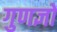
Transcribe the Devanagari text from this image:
गुणज्ञों